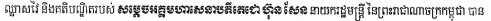
ឈ្លាសវៃ និងគតិបណ្ឌិតរបស់ សម្ដេចអគ្គមហាសេនាបតីតេជោ ហ៊ុន សែន នាយករដ្ឋមន្រ្តី នៃព្រះរាជាណាចក្រកម្ពុជា បាន